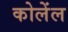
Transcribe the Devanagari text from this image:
कोलेंल